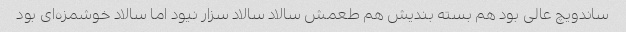
ساندویچ عالی بود هم بسته بندیش هم طعمش سالاد سالاد سزار نیود اما سالاد خوشمزه‌ای بود